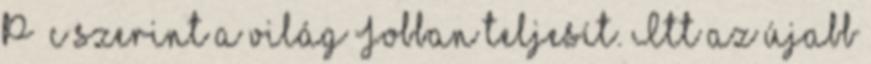
P c szerint a világ Jobban teljesít. Itt az újabb